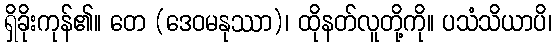
ရှိခိုးကုန်၏။ တေ (ဒေဝမနုဿာ)၊ ထိုနတ်လူတို့ကို။ ပသံသိယာပိ၊